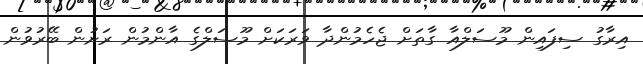
އިރާގު ސިފައިން މޫސަލްއާ ގާތަށް ޖެހެމުންދާ ވަރަކަށް މޫސަލްގެ އާންމުން ރަށުން ބޭރުވުން